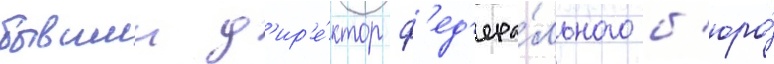
бывшии д'ир'е́ктор ф'ед'ера́льного б'юро́